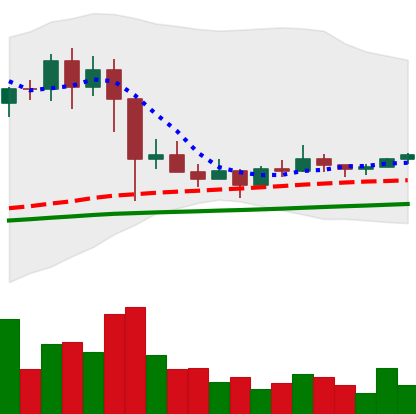
Ticker: EOS-USD
Chart end date: 2021-03-08
Forward return: 10.124%
Label: up_7plus